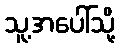
သူ့အပေါ်သို့